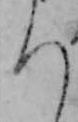
ち